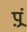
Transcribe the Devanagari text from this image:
प़्रं